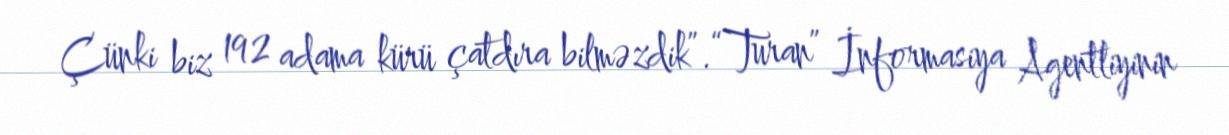
Çünki biz 192 adama kürü çatdıra bilməzdik”.“Turan” İnformasiya Agentliyinin